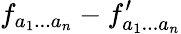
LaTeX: f_{a_{1}...a_{n}}-f_{a_{1}...a_{n}}^{\prime}